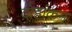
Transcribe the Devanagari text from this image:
दोहांकन